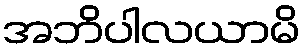
အဘိပါလယာမိ